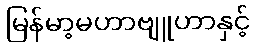
မြန်မာ့မဟာဗျူဟာနှင့်